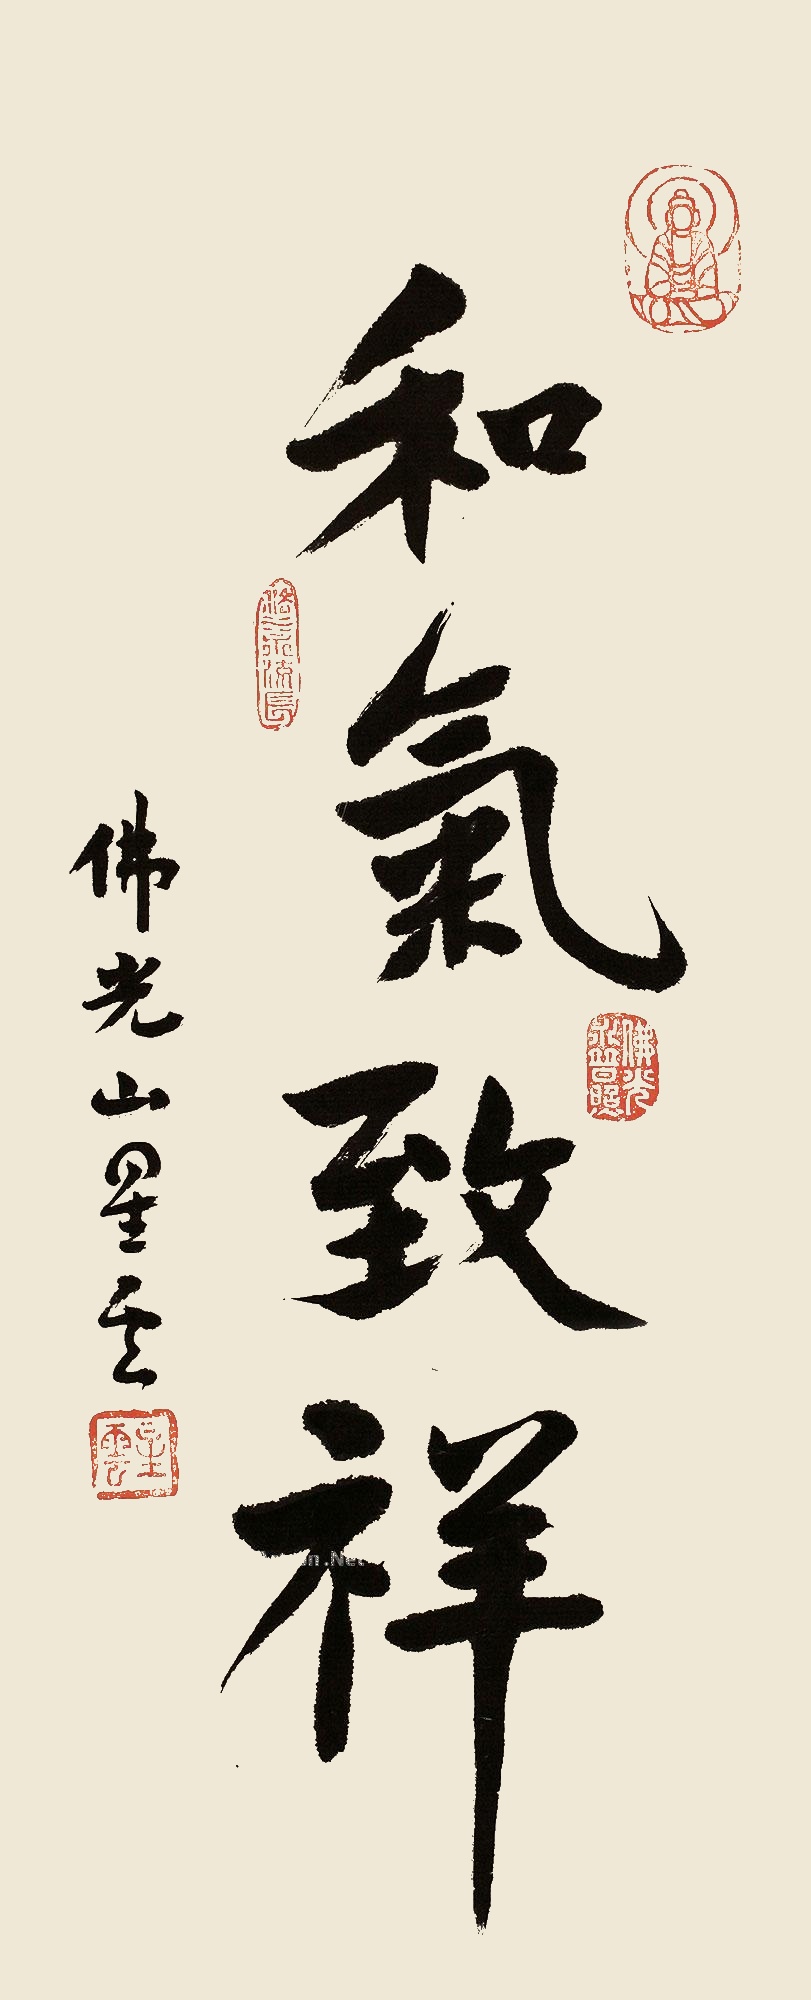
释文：和气致祥。佛光山星云。